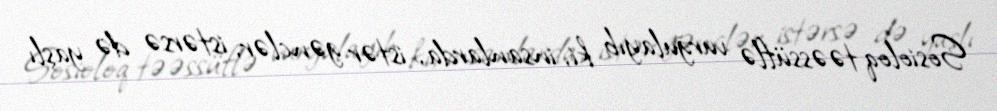
Sosioloq təəssüflə vurğulayıb ki, insanlarda, istər gənclər, istərsə də yaşlı